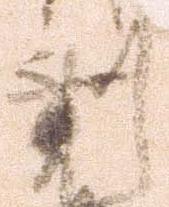
到